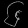
Digit: ၆